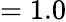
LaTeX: =1.0